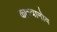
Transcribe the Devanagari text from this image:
कास्यानोव